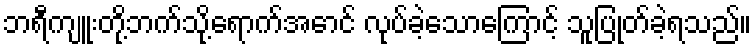
ဘရီကျူးတို့ဘက်သို့ရောက်အောင် လုပ်ခဲ့သောကြောင့် သူပြုတ်ခဲ့ရသည်။